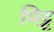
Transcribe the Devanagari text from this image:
मिट्ट